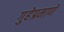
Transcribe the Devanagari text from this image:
गुहेप्रमाणे